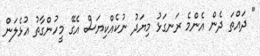
" ދައްތަ ދެން އެންމެ ރަނގަޅު މިޔަދު ނުކެއްކިޔަސް އެގޭ މީހުންގާތު އުޅެލަން